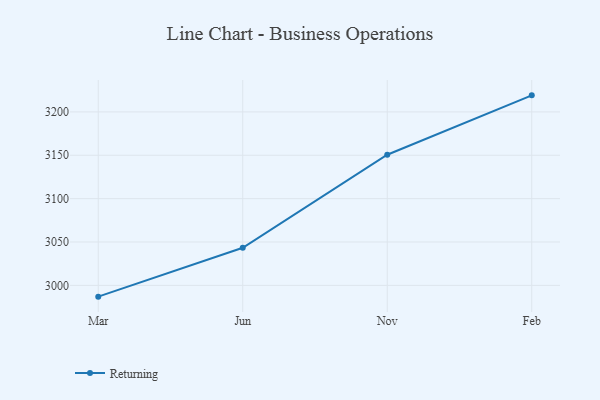
{"axis": {"x": "Month", "y": "Population (Million)"}, "legend": ["Returning"], "data": [{"x": "Mar", "y": 2987.0, "type": "Returning"}, {"x": "Jun", "y": 3043.3, "type": "Returning"}, {"x": "Nov", "y": 3150.6, "type": "Returning"}, {"x": "Feb", "y": 3219.1, "type": "Returning"}]}